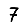
Digit: 7